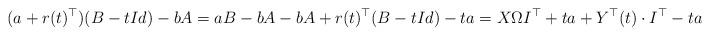
LaTeX: \begin{align*}(a+r(t)^{\top})(B-tId)-bA=aB-bA-bA+r(t)^{\top}(B-tId)-ta=X\Omega I^{\top}+ta+Y^{\top}(t)\cdot I^{\top}-ta=\end{align*}